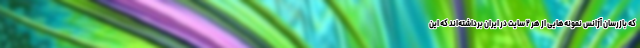
که بازرسان آژانس نمونه‌هایی از هر ۲ سایت در ایران برداشته‌اند که این